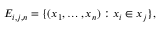
E _ { i , j , n } = \{ ( x _ { 1 } , \ldots , x _ { n } ) : x _ { i } \in x _ { j } \} ,